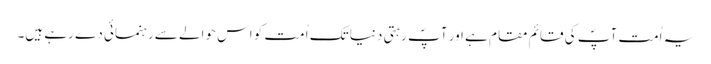
یہ اُمت آپؐ کی قائم مقام ہے اور آپؐ رہتی دنیا تک اُمت کو اس حوالے سے رہنمائی دے رہے ہیں۔